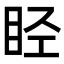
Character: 𬑏